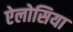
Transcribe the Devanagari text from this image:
ऐलोसिया